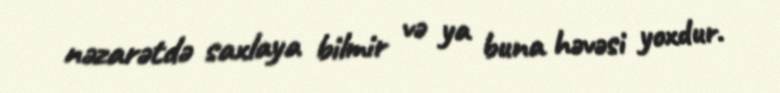
nəzarətdə saxlaya bilmir və ya buna həvəsi yoxdur.